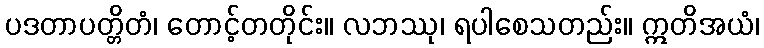
ပဒတာပတ္တိတံ၊ တောင့်တတိုင်း။ လဘဿု၊ ရပါစေသတည်း။ ဣတိအယံ၊